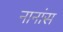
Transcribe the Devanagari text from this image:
नानांस